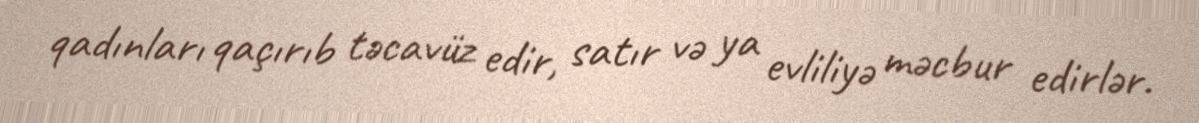
qadınları qaçırıb təcavüz edir, satır və ya evliliyə məcbur edirlər.